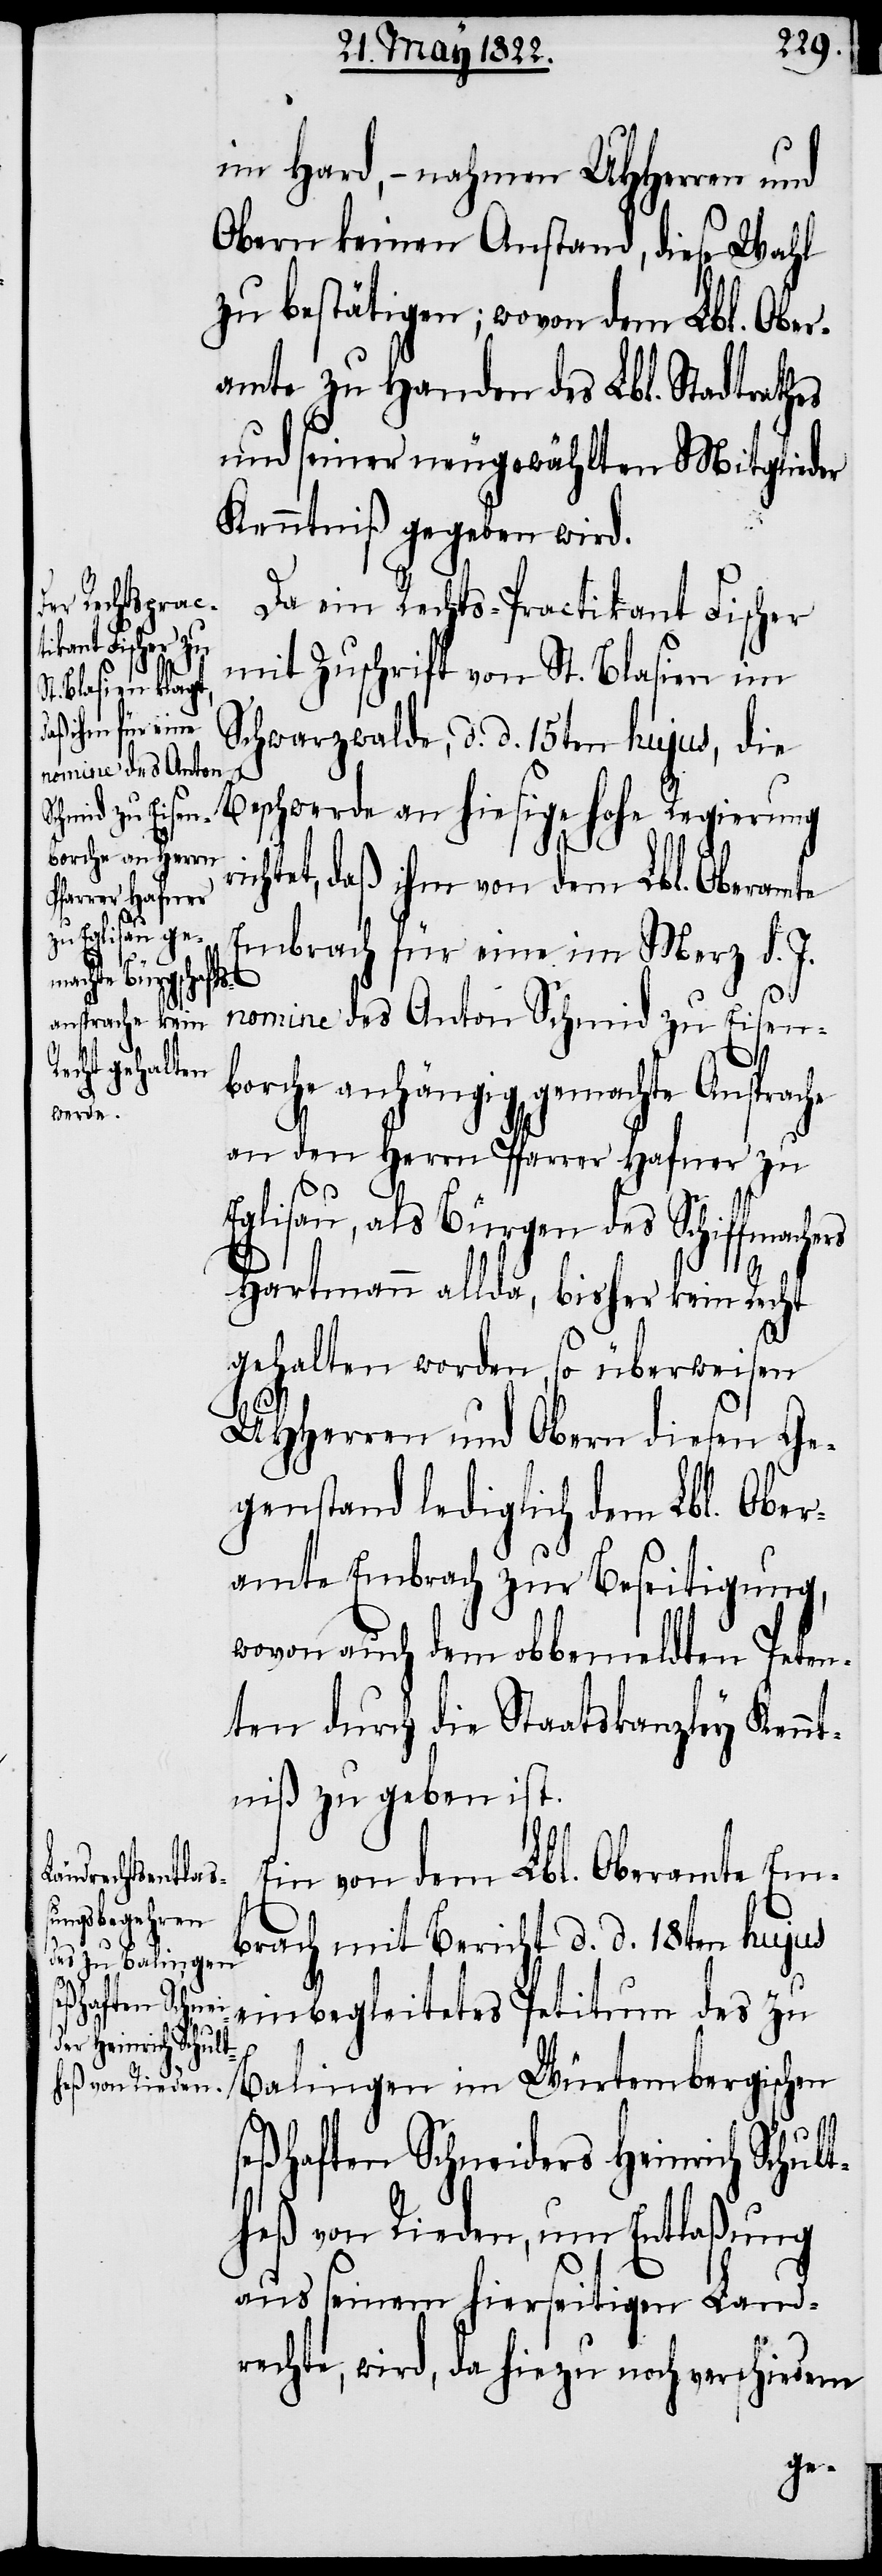
machers
ri¬

im Hard, – nahmen UHHerren und
Obern keinen Anstand, diese Wahl
zu bestätigen; wovon dem Lbl. Ober¬
amte zu Handen des Lbl. Stadtrathes
und seiner neugewählten Mitglieder
Kenntniß gegeben wird.
Da ein Rechts-Practikant Fischer
mit Zuschrift von St. Blasien im
Schwarzwalde, d. d. 15ten hujus, die
Beschwerde an hiesige hohe Regierung
chtet, daß ihm von dem Lbl. Oberamte
Embrach für eine im Merz d. J.
he
nomine des Anton Schmid zu Eisen¬
borche anhängig gemachte Ansprac¬
an den Herrn Pfarrer Hafner zu
Eglisau, als Bürgen des Schiff¬
Hartmann allda, bisher kein Recht
gehalten worden, so überweisen
UHHerrn und Obern diesen Ge¬
genstand lediglich dem Lbl. Ober¬
amte Embrach zur Beseitigung,
wovon auch dem obbemeldten Peten¬
ten durch die Staatskanzley Kennt¬
niß zu geben ist.
Ein von dem Lbl. Oberamte Em¬
brach mit Bericht d. d. 18ten hujus
einbegleitetes Petitum des zu
Balingen im Würtembergischen
seßhaften Schneiders Heinrich Schult¬
heß von Rieden, um Entlaßung
aus seinem hierseitigen Land¬
rechte, wird da hiezu noch verschiedene